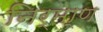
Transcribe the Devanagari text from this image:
निर्मा्ण